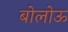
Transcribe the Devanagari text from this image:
बोलोऊ